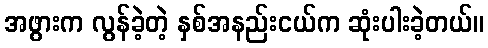
အဖွားက လွန်ခဲ့တဲ့ နှစ်အနည်းငယ်က ဆုံးပါးခဲ့တယ်။